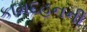
કામદહનની